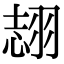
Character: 𦐼